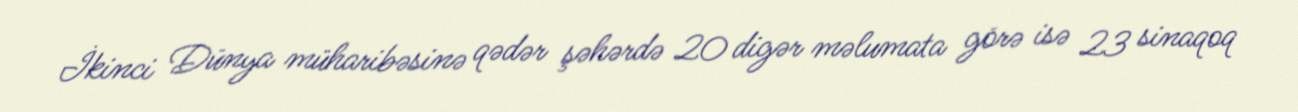
İkinci Dünya müharibəsinə qədər şəhərdə 20 digər məlumata görə isə 23 sinaqoq